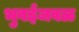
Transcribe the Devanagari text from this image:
भुवईजवळ